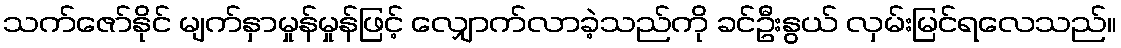
သက်ဇော်နိုင် မျက်နှာမှုန်မှုန်ဖြင့် လျှောက်လာခဲ့သည်ကို ခင်ဦးနွယ် လှမ်းမြင်ရလေသည်။